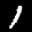
Label: 1